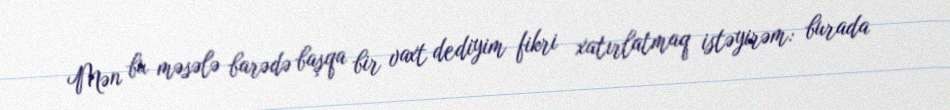
Mən bu məsələ barədə başqa bir vaxt dediyim fikri xatırlatmaq istəyirəm: burada